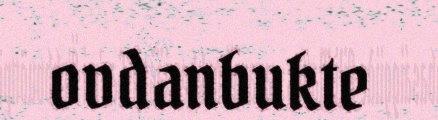
ovdanbukte